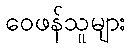
ဝေဖန်သူများ